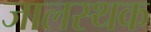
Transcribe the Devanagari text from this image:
जालस्थक